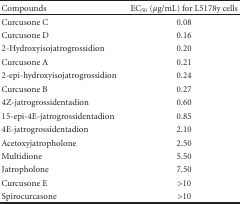
<table><thead><tr><td><b>Compounds</b></td><td><b>EC<sub>50</sub> (<i>μ</i>g/mL) for L5178y cells</b></td></tr></thead><tbody><tr><td>Curcusone C</td><td>0.08</td></tr><tr><td>Curcusone D</td><td>0.16</td></tr><tr><td>2-Hydroxyisojatrogrossidion</td><td>0.20</td></tr><tr><td>Curcusone A</td><td>0.21</td></tr><tr><td>2-epi-hydroxyisojatrogrossidion</td><td>0.24</td></tr><tr><td>Curcusone B</td><td>0.27</td></tr><tr><td>4Z-jatrogrossidentadion</td><td>0.60</td></tr><tr><td>15-epi-4E-jatrogrossidentadion</td><td>0.85</td></tr><tr><td>4E-jatrogrossidentadion</td><td>2.10</td></tr><tr><td>Acetoxyjatropholone</td><td>2.50</td></tr><tr><td>Multidione</td><td>5.50</td></tr><tr><td>Jatropholone</td><td>7.50</td></tr><tr><td>Curcusone E</td><td>&gt;10</td></tr><tr><td>Spirocurcasone</td><td>&gt;10</td></tr></tbody></table>